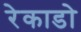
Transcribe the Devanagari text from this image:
रेकाडो